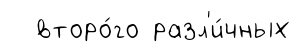
второ́го разл'и́чных